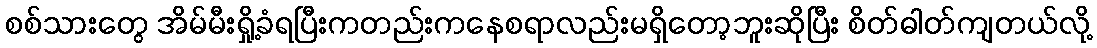
စစ်သားတွေ အိမ်မီးရှို့ခံရပြီးကတည်းကနေစရာလည်းမရှိတော့ဘူးဆိုပြီး စိတ်ဓါတ်ကျတယ်လို့